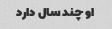
او چند سال دارد